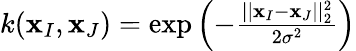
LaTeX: \begin{array}{r}{k(\mathbf{x}_{I},\mathbf{x}_{J})=\exp{\left(-\frac{\vert\vert\mathbf{x}_{I}-\mathbf{x}_{J}\vert\vert_{2}^{2}}{2\sigma^{2}}\right)}}\end{array}